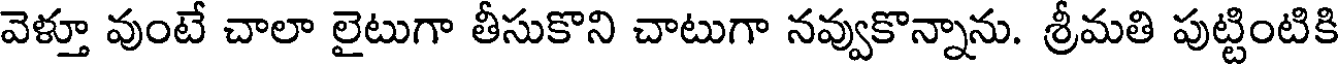
వెళ్తూ వుంటే చాలా లైటుగా తీసుకొని చాటుగా నవ్వుకొన్నాను. శ్రీమతి పుట్టింటికి